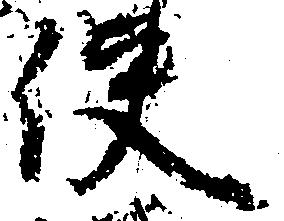
使